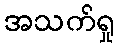
အသက်ရှု